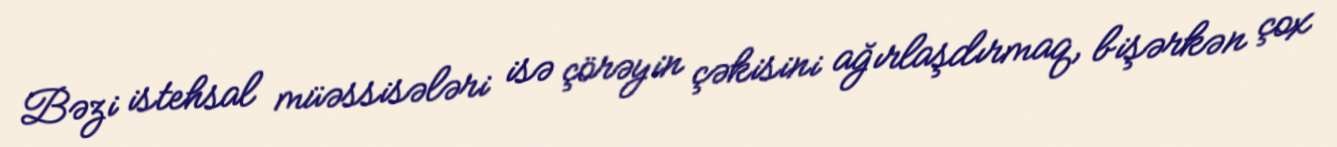
Bəzi istehsal müəssisələri isə çörəyin çəkisini ağırlaşdırmaq, bişərkən çox